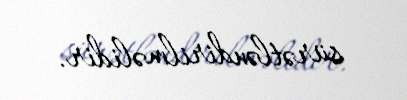
sürətləndirilməlidir.